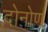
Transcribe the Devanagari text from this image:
दोनोण